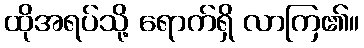
ထိုအရပ်သို့ ရောက်ရှိ လာကြ၏။